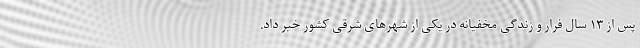
پس از ۱۳ سال فرار و زندگی مخفیانه در یکی از شهرهای شرقی کشور خبر داد.